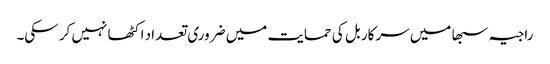
راجیہ سبھا میں سرکار بل کی حمایت میں ضروری تعداد اکٹھا نہیں کر سکی۔